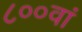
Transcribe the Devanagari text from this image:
८००वां